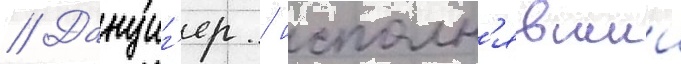
// Данциг'ер / исполн'явшии